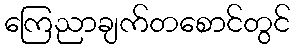
ကြေညာချက်တစောင်တွင်